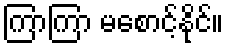
ကြာကြာ မစောင့်နိုင်။